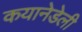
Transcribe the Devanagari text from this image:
कयानेडेली